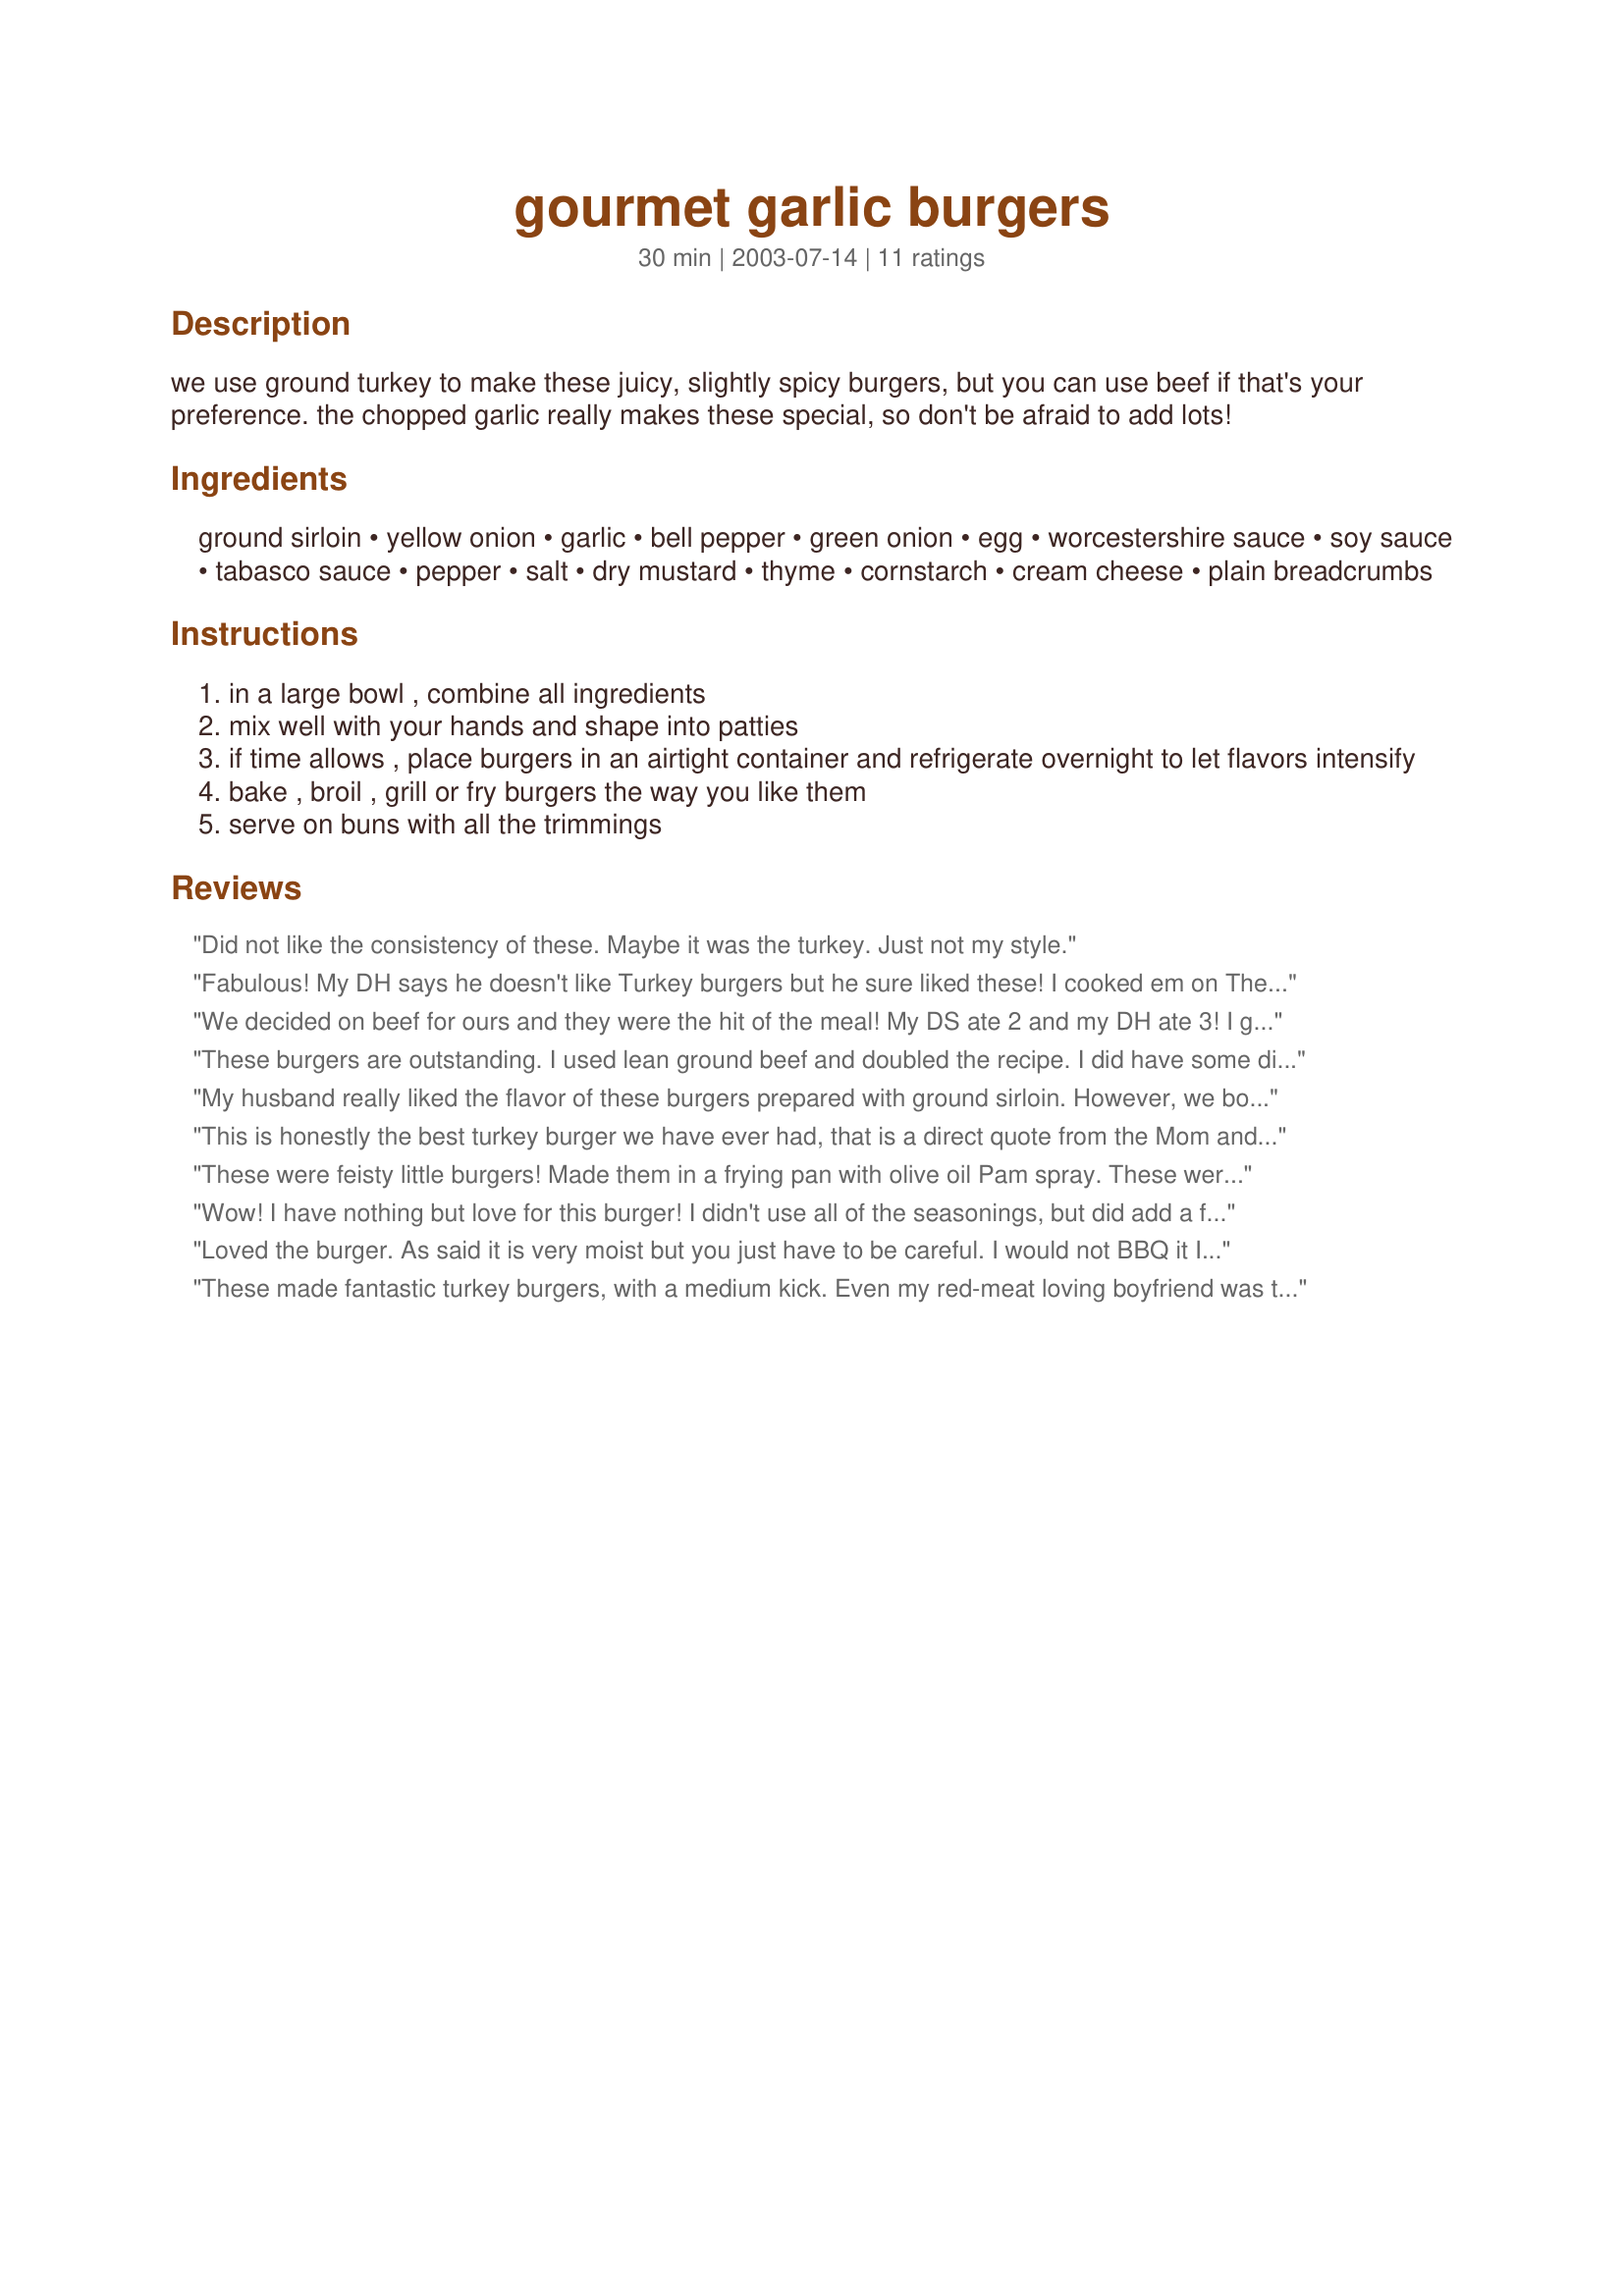
gourmet garlic burgers
Preparation time: 30 minutes

we use ground turkey to make these juicy, slightly spicy burgers, but you can use beef if that's your preference. the chopped garlic really makes these special, so don't be afraid to add lots!

Ingredients:
ground sirloin, yellow onion, garlic, bell pepper, green onion, egg, worcestershire sauce, soy sauce, tabasco sauce, pepper, salt, dry mustard, thyme, cornstarch, cream cheese, plain breadcrumbs

Steps:
in a large bowl , combine all ingredients
mix well with your hands and shape into patties
if time allows , place burgers in an airtight container and refrigerate overnight to let flavors intensify
bake , broil , grill or fry burgers the way you like them
serve on buns with all the trimmings

Reviews:
Did not like the consistency of these. Maybe it was the turkey. Just not my style.
Fabulous! My DH says he doesn't like Turkey burgers but he sure liked these! I cooked em on The George Foreman Grill so I could have the nice grill marks. We had em on onion rolls. MMMMM!!!
We decided on beef for ours and they were the hit of the meal! My DS ate 2 and my DH ate 3! I guess you know they were totally 5 stars for us! Thank you!
These burgers are outstanding. I used lean ground beef and doubled the recipe. I did have some difficulty flipping them because of being to soft but that is fixable by adding more breadcrumbs. I wouldn't call these Garlic Burgers but a Great Meatloaf Burger. My son ate three of these. I thought I cooked enough for tomorrows lunch but he wouldn't stop eating them. That is a great review in itself. These are a true keeper. I served them with grilled sweet corn and my own Cheddar Cheese Grilled Potatoes (steak fries). If you want to add more of a kick to this recipe increase the Tabasco and add 1/4 teaspoon of cayanne.
My husband really liked the flavor of these burgers prepared with ground sirloin. However, we both thought that they were pretty soft for grilling. This could be amended with extra breadcrumbs, but we prefer not to increase the "meatloaf" quality of grilled burgers. Perhaps the ground turkey would be a firmer choice...we plan on trying that. Also, next time, I will sautee the onions and garlic prior to mixing with the other ingredients. This is just a personal preference, as I tend to get horrible heartburn from raw onions and garlic. It is a burger worth repeating.
This is honestly the best turkey burger we have ever had, that is a direct quote from the Mom and I agree. I cut the recipe in half and did not have any green onions so I added more garlic. I was doubting that the little bits of each ingredient would really be relevant to the outcome but I played along because I had everything. (except the dang green onions). Great flavor. I formed my burgers with a hole in the center like a donut, but flat, so they would cook more evenly. They were not dry, lots of flavor. I will try this with beef too soon. THIS IS A KEEPER for you turkey burger eaters!
These were feisty little burgers! Made them in a frying pan with olive oil Pam spray. These were moist and flavorful enough not to need any condiments. This is now THE turkey burger recipe for us. Thanks!
Wow! I have nothing but love for this burger! I didn't use all of the seasonings, but did add a few, including the cream cheese and found them very moist and juicy..which is not a word I've ever used to describe a turkey burgers. This burger inspired me to write my first review. Next? Turkey burger scuptures! Fantastic!
Loved the burger. As said it is very moist but you just have to be careful. I would not BBQ it I pan fried it, got it ready in the AM let it sit for the flavors to meld in the fridge all day and then shaped the patties just before frying I cooked one side on high heat until browned, flipped the burger, turned heat to medium, covered the pan, added the mushrooms and after about 5 minutes turned heat to low and continued cooking for 10 more minutes.One of my hamburger recipes is moist like this one but if you are careful not a problem - just flip carefully and the end result is a lovely tender tasty hamburger - I served them with Baking stone Oven fries, whole small fried mushrooms, Tomatoe and a slice of sweet onion Thanks Geema for another winner
These made fantastic turkey burgers, with a medium kick. Even my red-meat loving boyfriend was thrilled by these. Thank you so much for a tasty, healthy meal!
These were fantastic hamburgers. My butcher had neither ground sirloin nor ground turkey the day I went, so had to settle for 20% lean ground beef -- I am certain the results would have been even better with your suggested choices. We did cut down on the amount of yellow onion (perhaps our onion was veryyy large -- cut it in half), and also a little bit on the green onion. This was so delicious, and I thank you for sharing this recipe! Dianne
